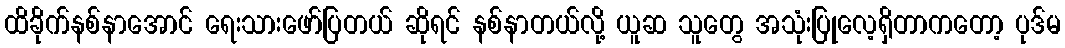
ထိခိုက်နစ်နာအောင် ရေးသားဖော်ပြတယ် ဆိုရင် နစ်နာတယ်လို့ ယူဆ သူတွေ အသုံးပြုလေ့ရှိတာကတော့ ပုဒ်မ